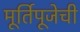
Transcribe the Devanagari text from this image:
मूर्तिपूजेची